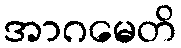
အာဂမေတိ